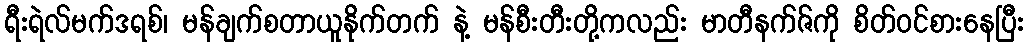
ရီးရဲလ်မက်ဒရစ်၊ မန်ချက်စတာယူနိုက်တက် နဲ့ မန်စီးတီးတို့ကလည်း မာတီနက်ဇ်ကို စိတ်ဝင်စားနေပြီး